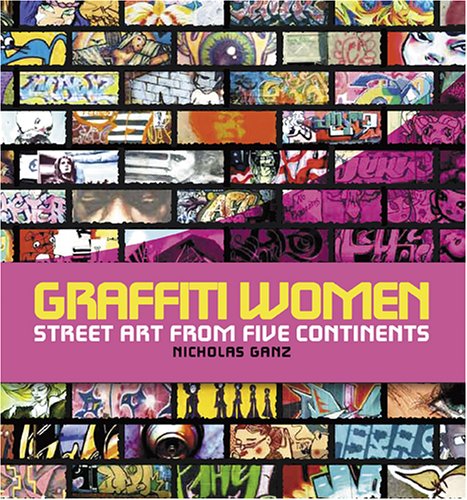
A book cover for Graffiti Women: Street Art from Five Continents; Nicholas Ganz; Arts & Photography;